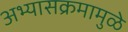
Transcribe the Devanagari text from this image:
अभ्यासक्रमामुळे